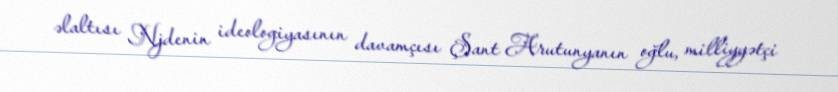
əlaltısı Njdenin ideologiyasının davamçısı Şant Arutunyanın oğlu, milliyyətçi